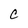
Character: C